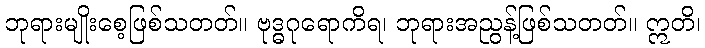
ဘုရားမျိုးစေ့ဖြစ်သတတ်။ ဗုဒ္ဓဂုရောကိရ၊ ဘုရားအညွန့်ဖြစ်သတတ်။ ဣတိ၊